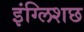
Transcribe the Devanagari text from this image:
इंग्लिशछ